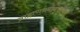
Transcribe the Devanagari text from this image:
ब्राह्मणधर्मानुयायियों